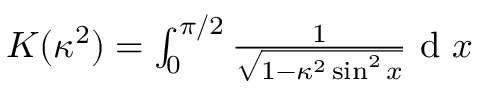
\begin{array} { r } { K ( \kappa ^ { 2 } ) = \int _ { 0 } ^ { \pi / 2 } \frac { 1 } { \sqrt { 1 - \kappa ^ { 2 } \sin ^ { 2 } x } } \mathrm { ~ d ~ } x } \end{array}